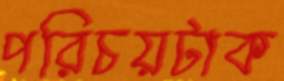
পরিচয়টাক